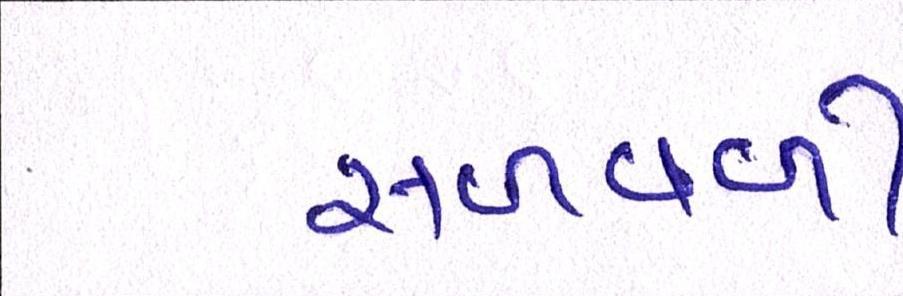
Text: સળવળી